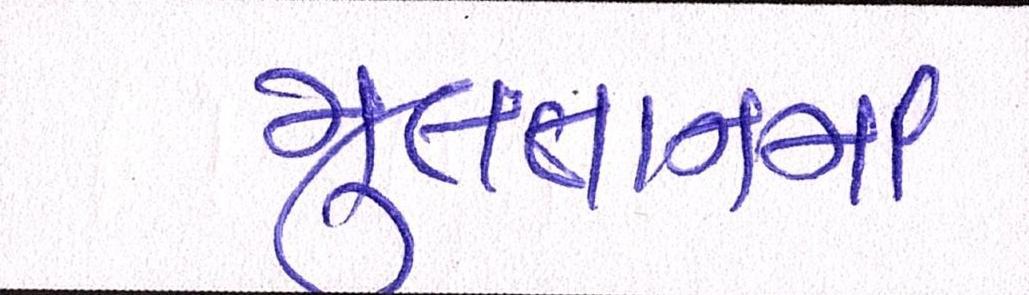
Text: મુલતાનમાં